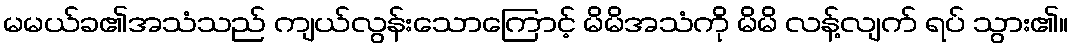
မမယ်ခ၏အသံသည် ကျယ်လွန်းသောကြောင့် မိမိအသံကို မိမိ လန့်လျက် ရပ် သွား၏။